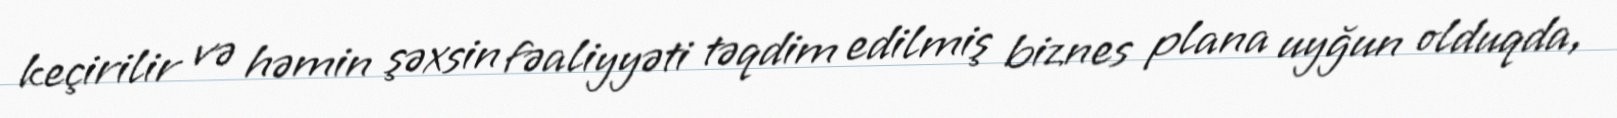
keçirilir və həmin şəxsin fəaliyyəti təqdim edilmiş biznes plana uyğun olduqda,